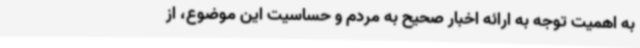
به اهمیت توجه به ارائه اخبار صحیح به مردم و حساسیت این موضوع، از